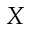
X